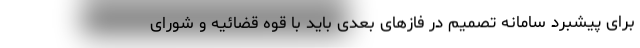
برای پیشبرد سامانه تصمیم در فازهای بعدی باید با قوه قضائیه و شورای